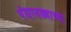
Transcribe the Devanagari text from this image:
पंधरवड्याच्या